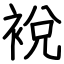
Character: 裞